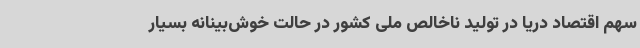
سهم اقتصاد دریا در تولید ناخالص ملی کشور در حالت خوش‌بینانه بسیار